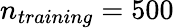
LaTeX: n_{training}=500